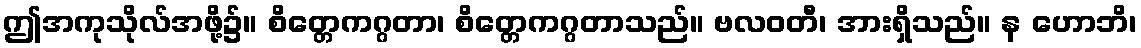
ဤအကုသိုလ်အဖို့၌။ စိတ္တေကဂ္ဂတာ၊ စိတ္တေကဂ္ဂတာသည်။ ဗလဝတီ၊ အားရှိသည်။ န ဟောဘိ၊